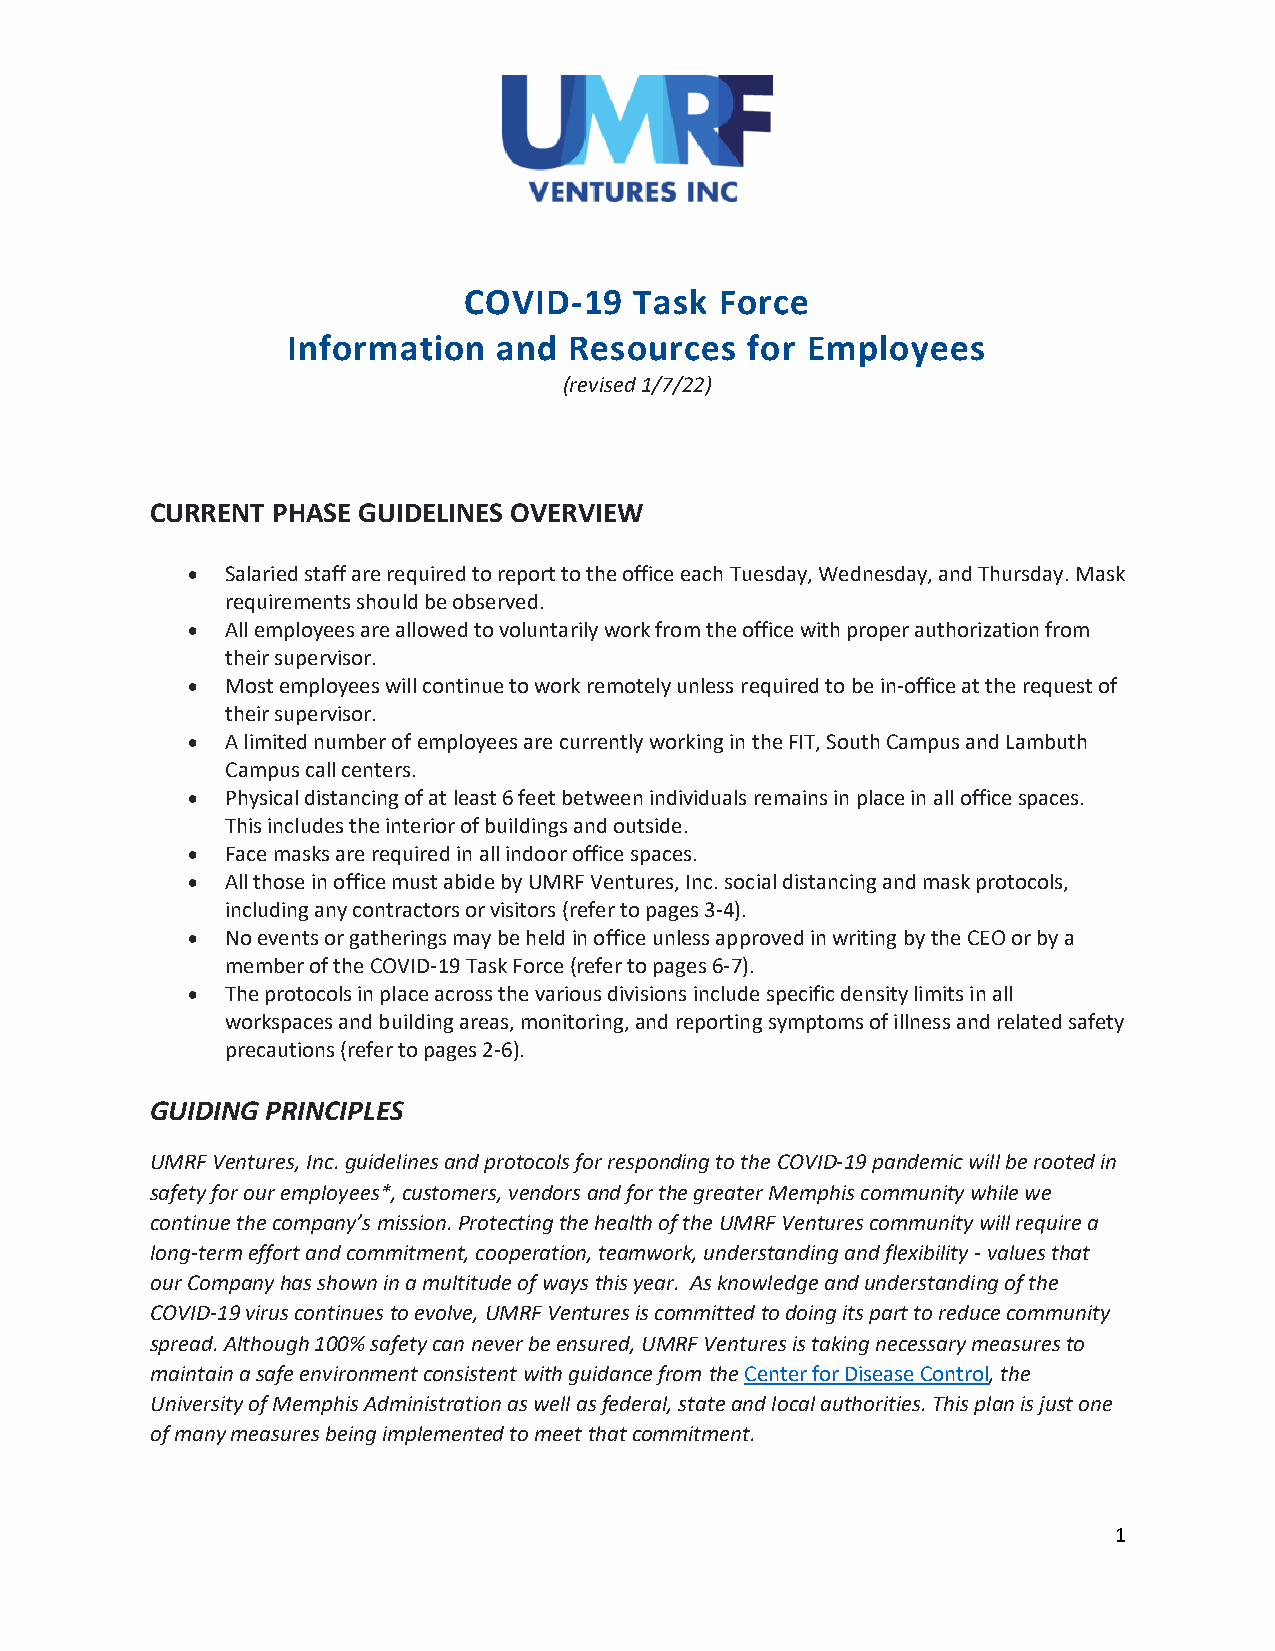
COVID-19   Task  Force
 Information   and  Resources  for Employees
 (revised 1/7/22)
 CURRENT PHASE GUIDELINES OVERVIEW
 •  Salaried staff are required to report to the office each Tuesday, Wednesday, and Thursday. Mask
 requirements should be observed.
 •  All employees are allowed to voluntarily work from the office with proper authorization from
 their supervisor.
 •  Most employees will continue to work remotely unless required to be in-office at the request of
 their supervisor.
 •  A limited number of employees are currently working in the FIT, South Campus and Lambuth
 Campus call centers.
 •  Physical distancing of at least 6 feet between individuals remains in place in all office spaces.
 This includes the interior of buildings and outside.
 •  Face masks are required in all indoor office spaces.
 •  All those in office must abide by UMRF Ventures, Inc. social distancing and mask protocols,
 including any contractors or visitors (refer to pages 3-4).
 •  No events or gatherings may be held in office unless approved in writing by the CEO or by a
 member of the COVID-19 Task Force (refer to pages 6-7).
 •  The protocols in place across the various divisions include specific density limits in all
 workspaces and building areas, monitoring, and reporting symptoms of illness and related safety
 precautions (refer to pages 2-6).
 GUIDING PRINCIPLES
 UMRF Ventures, Inc. guidelines and protocols for responding to the COVID-19 pandemic will be rooted in
 safety for our employees*, customers, vendors and for the greater Memphis community while we
 continue the company’s mission. Protecting the health of the UMRF Ventures community will require a
 long-term effort and commitment, cooperation, teamwork, understanding and flexibility - values that
 our Company has shown in a multitude of ways this year. As knowledge and understanding of the
 COVID-19 virus continues to evolve, UMRF Ventures is committed to doing its part to reduce community
 spread. Although 100% safety can never be ensured, UMRF Ventures is taking necessary measures to
 maintain a safe environment consistent with guidance from the Center for Disease Control, the
 University of Memphis Administration as well as federal, state and local authorities. This plan is just one
 of many measures being implemented to meet that commitment.
 1